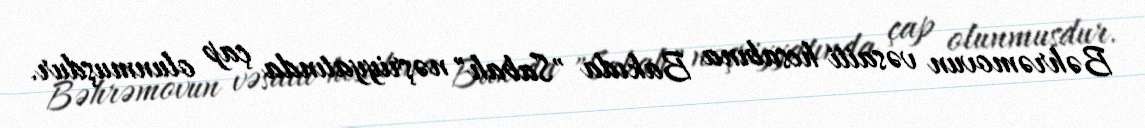
Bəhrəmovun vəsaiti hesabına Bakıda "Sabah" nəşriyyatında çap olunmuşdur.